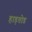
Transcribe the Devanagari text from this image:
हाड़तोड